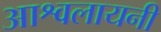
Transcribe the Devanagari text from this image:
आश्वलायनी